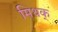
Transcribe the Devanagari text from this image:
मिथक्